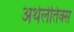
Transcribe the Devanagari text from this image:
अथेलेतिक्स